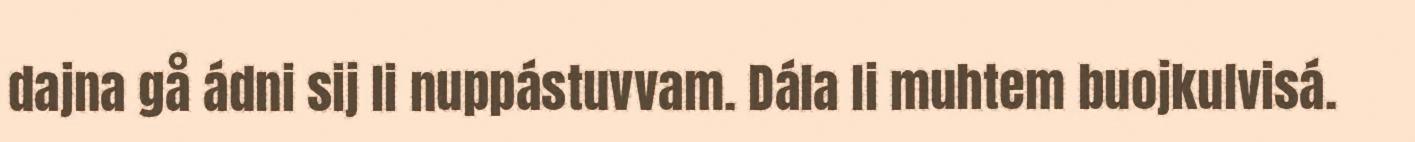
dajna gå ádni sij li nuppástuvvam. Dála li muhtem buojkulvisá.